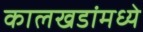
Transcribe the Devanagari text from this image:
कालखडांमध्ये